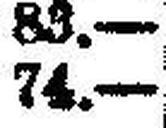
74.—